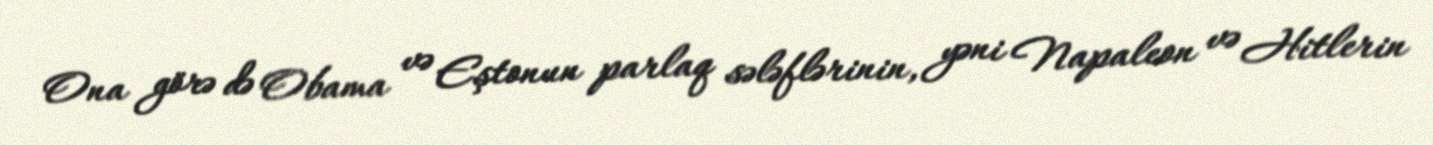
Ona görə də Obama və Eştonun parlaq sələflərinin, yəni Napaleon və Hitlerin